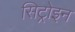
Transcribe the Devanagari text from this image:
सिट्रोइन